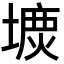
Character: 𡐝